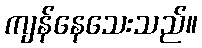
ကျန်နေသေးသည်။